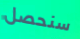
سنحصل